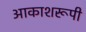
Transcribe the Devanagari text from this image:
आकाशरूपी